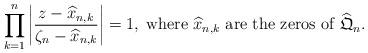
LaTeX: \begin{align*}\prod_{k=1}^{n} \left|\frac{z-\widehat{x}_{n,k}}{\zeta_n-\widehat{x}_{n,k}} \right| = 1,\; \mbox{where $\widehat{x}_{n,k}$ are the zeros of $\widehat{\mathfrak{Q}}_n$.}\end{align*}